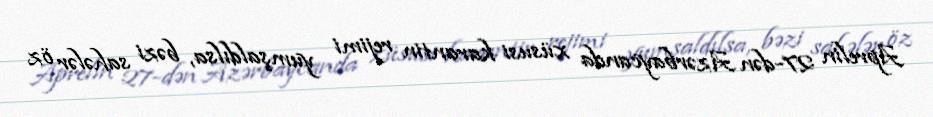
Aprelin 27-dən Azərbaycanda xüsusi karantin rejimi yumşaldılsa, bəzi sahələr öz